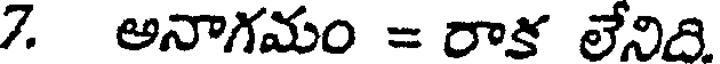
7. అనాగమం = రాక లేనిది